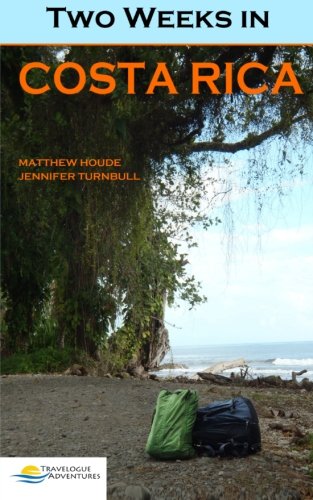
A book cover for Two Weeks in Costa Rica; Matthew Houde; Travel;